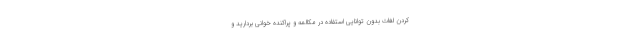
کردن لغات بدون توانایی استفاده در مکالمه و پراکنده خوانی بردارید و